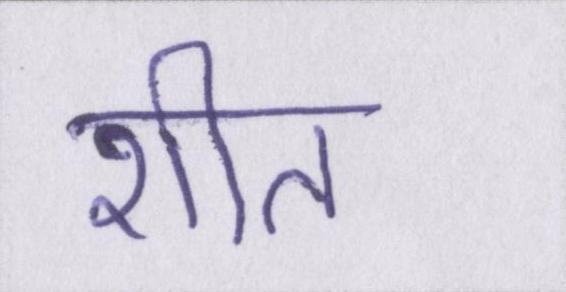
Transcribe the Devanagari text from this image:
शीत